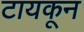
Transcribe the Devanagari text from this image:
टायकून